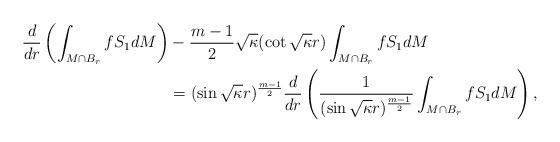
LaTeX: \begin{align*}\dfrac{d}{dr}\left(\int_{M\cap B_r} fS_1 dM\right) &- \frac{m-1}{2}\sqrt{\kappa}(\cot\sqrt{\kappa}r)\int_{M\cap B_r} fS_1 dM\\& = (\sin \sqrt{\kappa}r)^{\frac{m-1}{2}}\dfrac{d}{dr}\left(\frac{1}{(\sin\sqrt{\kappa} r)^{\frac{m-1}{2}}}\int_{M\cap B_r} fS_1 dM\right),\\\end{align*}